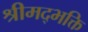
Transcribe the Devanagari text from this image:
श्रीमद्भक्ति